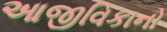
આજીવિકાનો